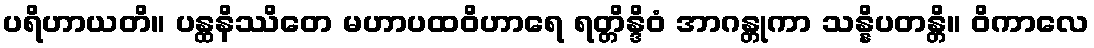
ပရိဟာယတိ။ ပန္ထနိဿိတေ မဟာပထဝိဟာရေ ရတ္တိန္ဒိဝံ အာဂန္တုကာ သန္နိပတန္တိ။ ဝိကာလေ